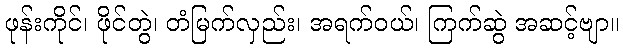
ဖုန်းကိုင်၊ ဖိုင်တွဲ၊ တံမြက်လှည်း၊ အရက်ဝယ်၊ ကြက်ဆွဲ အဆင့်ဗျာ။